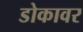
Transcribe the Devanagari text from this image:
डोकावर